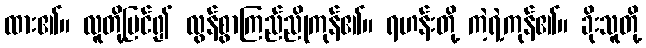
ထား၏။ လူတို့မြင်၍ လွန်စွာကြည်ညိုကုန်၏။ ရဟန်းတို့ ကဲ့ရဲ့ကုန်၏။ ခိုးသူတို့